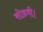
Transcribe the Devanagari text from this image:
सोडवी।